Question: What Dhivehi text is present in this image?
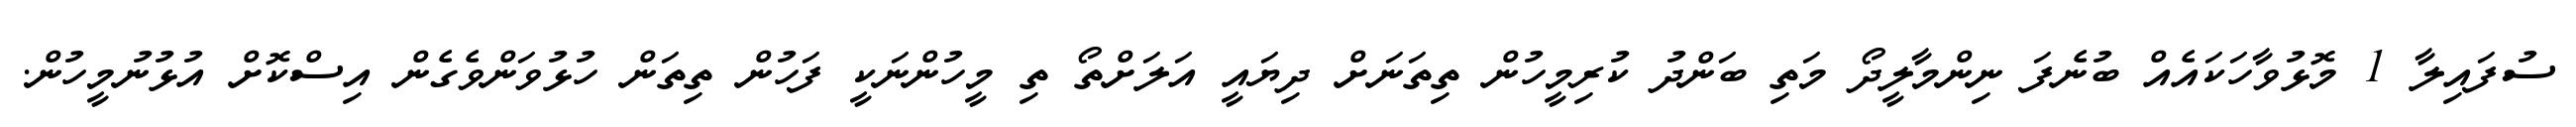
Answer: ސުފައިލާ 1 މޮޅުވާހަކައެއް ބުނެފަ ނިންމާލީދޯ މަތި ބަންދު ކުރިމީހުން ތިތަނަށް ދިޔައީ އަލަށްތޯ ތި މީހުންނަކީ ފަހުން ތިތަން ހުޅުވަންވެގެން އިސްކޮށް އުޅުނުމީހުން.